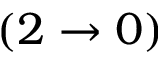
( 2 \rightarrow 0 )